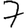
Digit: 7